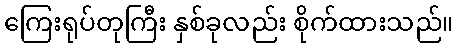
ကြေးရုပ်တုကြီး နှစ်ခုလည်း စိုက်ထားသည်။